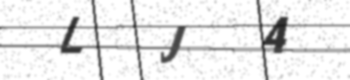
Text: LJ4